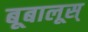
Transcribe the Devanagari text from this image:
बूबालूस्